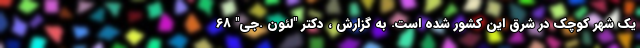
یک شهر کوچک در شرق این کشور شده است. به گزارش ، دکتر "لئون .جی" 68